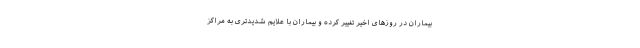
بیماران در روزهای اخیر تغییر کرده و بیماران با علایم شدیدتری به مراکز